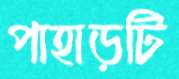
পাহাড়টি